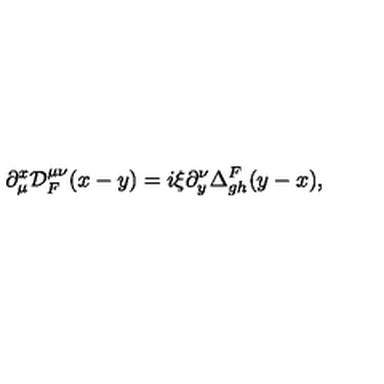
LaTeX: \partial _ { \mu } ^ { x } { \cal D } _ { F } ^ { \mu \nu } ( x - y ) = i \xi \partial _ { y } ^ { \nu } \Delta _ { g h } ^ { F } ( y - x ) ,